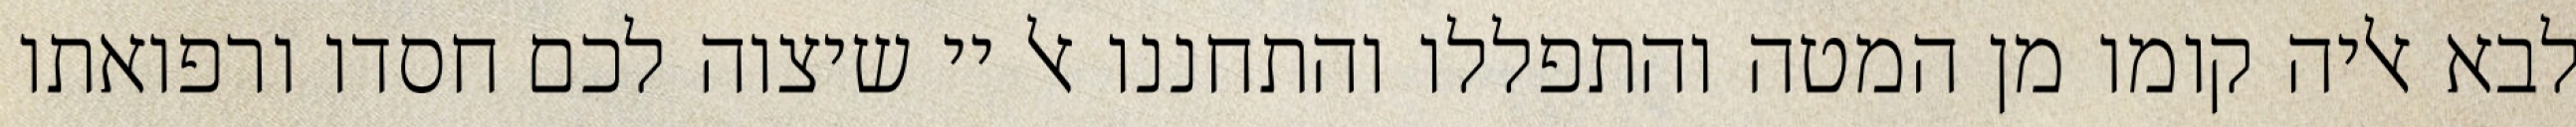
לבא אליה קומו מן המטה והתפללו והתחננו אל יי שיצוה לכם חסדו ורפואתו